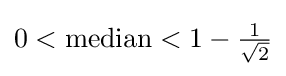
0<{\text{median}}<1-{\tfrac {1}{\sqrt {2}}}